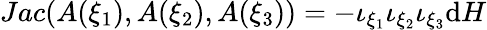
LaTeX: Jac(A(\xi_{1}),A(\xi_{2}),A(\xi_{3}))=-\iota_{\xi_{1}}\iota_{\xi_{2}}\iota_{\xi_{3}}\mathrm{d}H